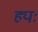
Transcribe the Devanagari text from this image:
ह्यः